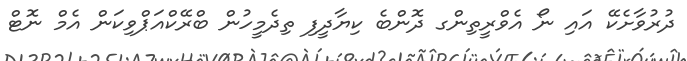
ދުރުވާށެކޭ އައި ނޯ އެވްރީތިންގ ދޮންބެ ކިޔާދީފި ތިދެމީހުން ބްރޭކްއަޕްވިކަން އެމް ނޮޓް